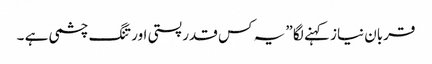
قربان نیاز کہنے لگا ” یہ کس قدر پستی اور تنگ چشمی ہے ۔